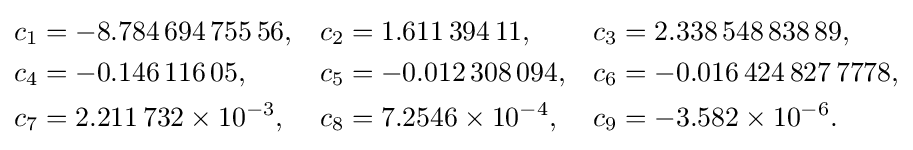
{\textstyle {\begin{aligned}c_{1}&=-8.784\,694\,755\,56,&c_{2}&=1.611\,394\,11,&c_{3}&=2.338\,548\,838\,89,\\c_{4}&=-0.146\,116\,05,&c_{5}&=-0.012\,308\,094,&c_{6}&=-0.016\,424\,827\,7778,\\c_{7}&=2.211\,732\times 10^{-3},&c_{8}&=7.2546\times 10^{-4},&c_{9}&=-3.582\times 10^{-6}.\end{aligned}}}